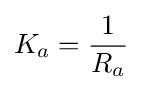
K_{a}={1 \over R_{a}}